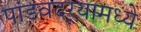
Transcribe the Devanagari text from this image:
पांडवदर्‍यामध्ये